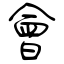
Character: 會